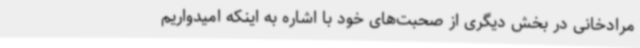
مرادخانی در بخش دیگری از صحبت‌های خود با اشاره به اینکه امیدواریم